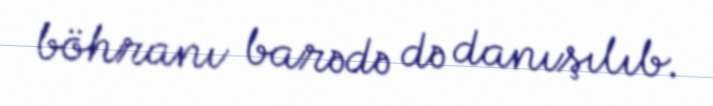
böhranı barədə də danışılıb.